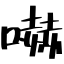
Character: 嚇